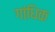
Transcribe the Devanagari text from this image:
गांधिक